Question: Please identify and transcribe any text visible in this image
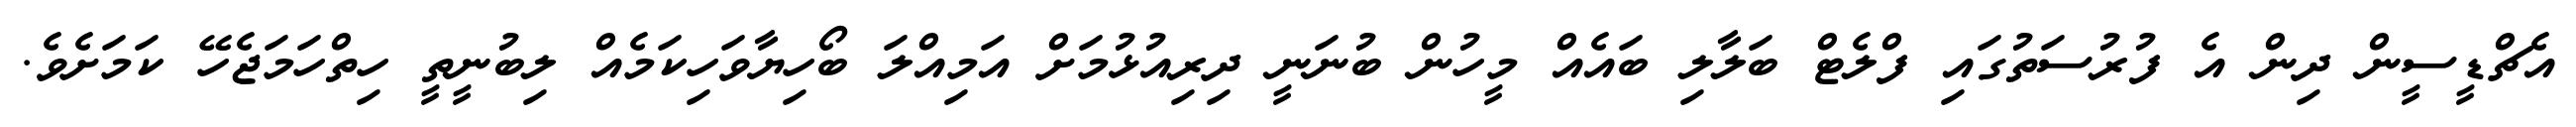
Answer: އެޗްޑީސީން ދިން އެ ފުރުސަތުގައި ފްލެޓް ބަލާލި ބައެއް މީހުން ބުނަނީ ދިރިއުޅުމަށް އަމިއްލަ ބޯހިޔާވަހިކަމެއް ލިބުނީތީ ހިތްހަމަޖެހޭ ކަމަށެވެ.